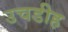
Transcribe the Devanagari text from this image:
उचडीह